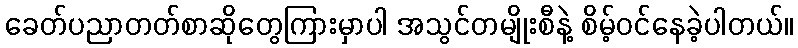
ခေတ်ပညာတတ်စာဆိုတွေကြားမှာပါ အသွင်တမျိုးစီနဲ့ စိမ့်ဝင်နေခဲ့ပါတယ်။